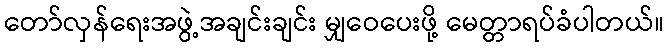
တော်လှန်ရေးအဖွဲ့အချင်းချင်း မျှဝေပေးဖို့ မေတ္တာရပ်ခံပါတယ်။